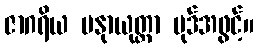
ဇာဂရိယ မနုာယုတ္တာ ပုဒ်အဖွင့်။